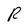
Character: R